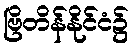
ဗြိတိန်နိုင်ငံ၌